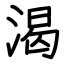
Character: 渴